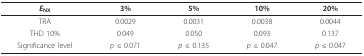
| ENX | 3% | 5% | 10% | 20% |
 | --- | --- | --- | --- | --- |
 | TRA | 0.0029 | 0.0031 | 0.0038 | 0.0044 |
 | THD 10% | 0.049 | 0.050 | 0.093 | 0.137 |
 | Significance level | p ≤ 0.071 | p ≤ 0.135 | p ≤ 0.047 | p ≤ 0.047 |